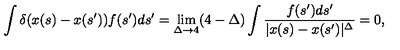
\int \delta ( x ( s ) - x ( s ^ { \prime } ) ) f ( s ^ { \prime } ) d s ^ { \prime } = \lim _ { \Delta \to 4 } ( 4 - \Delta ) \int \frac { f ( s ^ { \prime } ) d s ^ { \prime } } { | x ( s ) - x ( s ^ { \prime } ) | ^ { \Delta } } = 0 ,